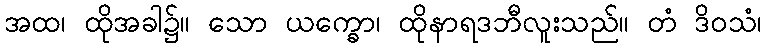
အထ၊ ထိုအခါ၌။ သော ယက္ခော၊ ထိုနာရဒဘီလူးသည်။ တံ ဒိဝသံ၊